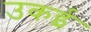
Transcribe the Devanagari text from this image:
उकई